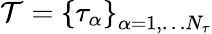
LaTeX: \mathcal{T}=\left\{ \tau_{\alpha}\right\} _{\alpha=1,\dots N_{\tau}}